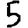
Digit: 5